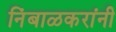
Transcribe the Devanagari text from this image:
निंबाळकरांनी